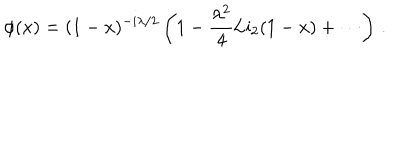
LaTeX: \phi ( x ) = ( 1 - x ) ^ { - i \lambda / 2 } \left( 1 - \frac { \lambda ^ { 2 } } { 4 } \mathrm { L i } _ { 2 } ( 1 - x ) + \cdots \right) \, .